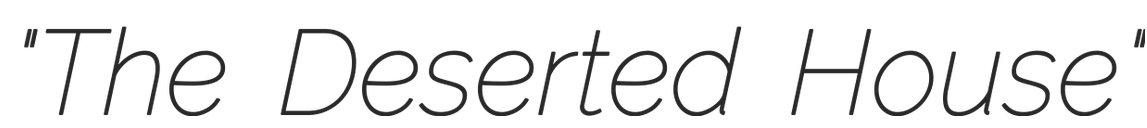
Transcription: "The Deserted House"